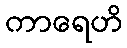
ကာရေဟိ